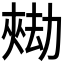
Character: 𱘺